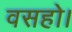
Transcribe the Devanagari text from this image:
वसहो।